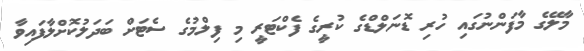
މާލޭގެ މާފަންނުގައި ހުރި ޑޮނަލްޑްގެ ކުރީގެ ފެކްޓަރީ މި ފިލްމުގެ ސެޓަށް ބަދަލުކޮށްލާފައިވާ